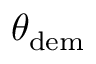
\theta _ { \mathrm { d e m } }